Newspaper: The Evansville journal. [volume]
Place of publication: Evansville, Ind.
Publisher: Evansville Journal Co.
Date: 1870-02-09 00:00:00
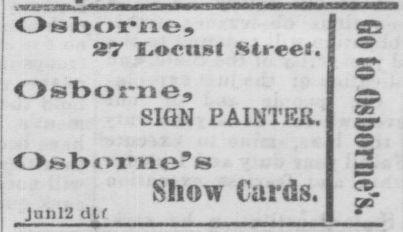
Advertisement text (OCR):
Osborne, 27 Ironist Street. Osbome, SIGN PAINTEH. Show Cards. Jni)12 dtf C5 o cz
Label: text-only